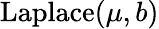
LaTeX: {\textrm{Laplace}}(\mu,b)